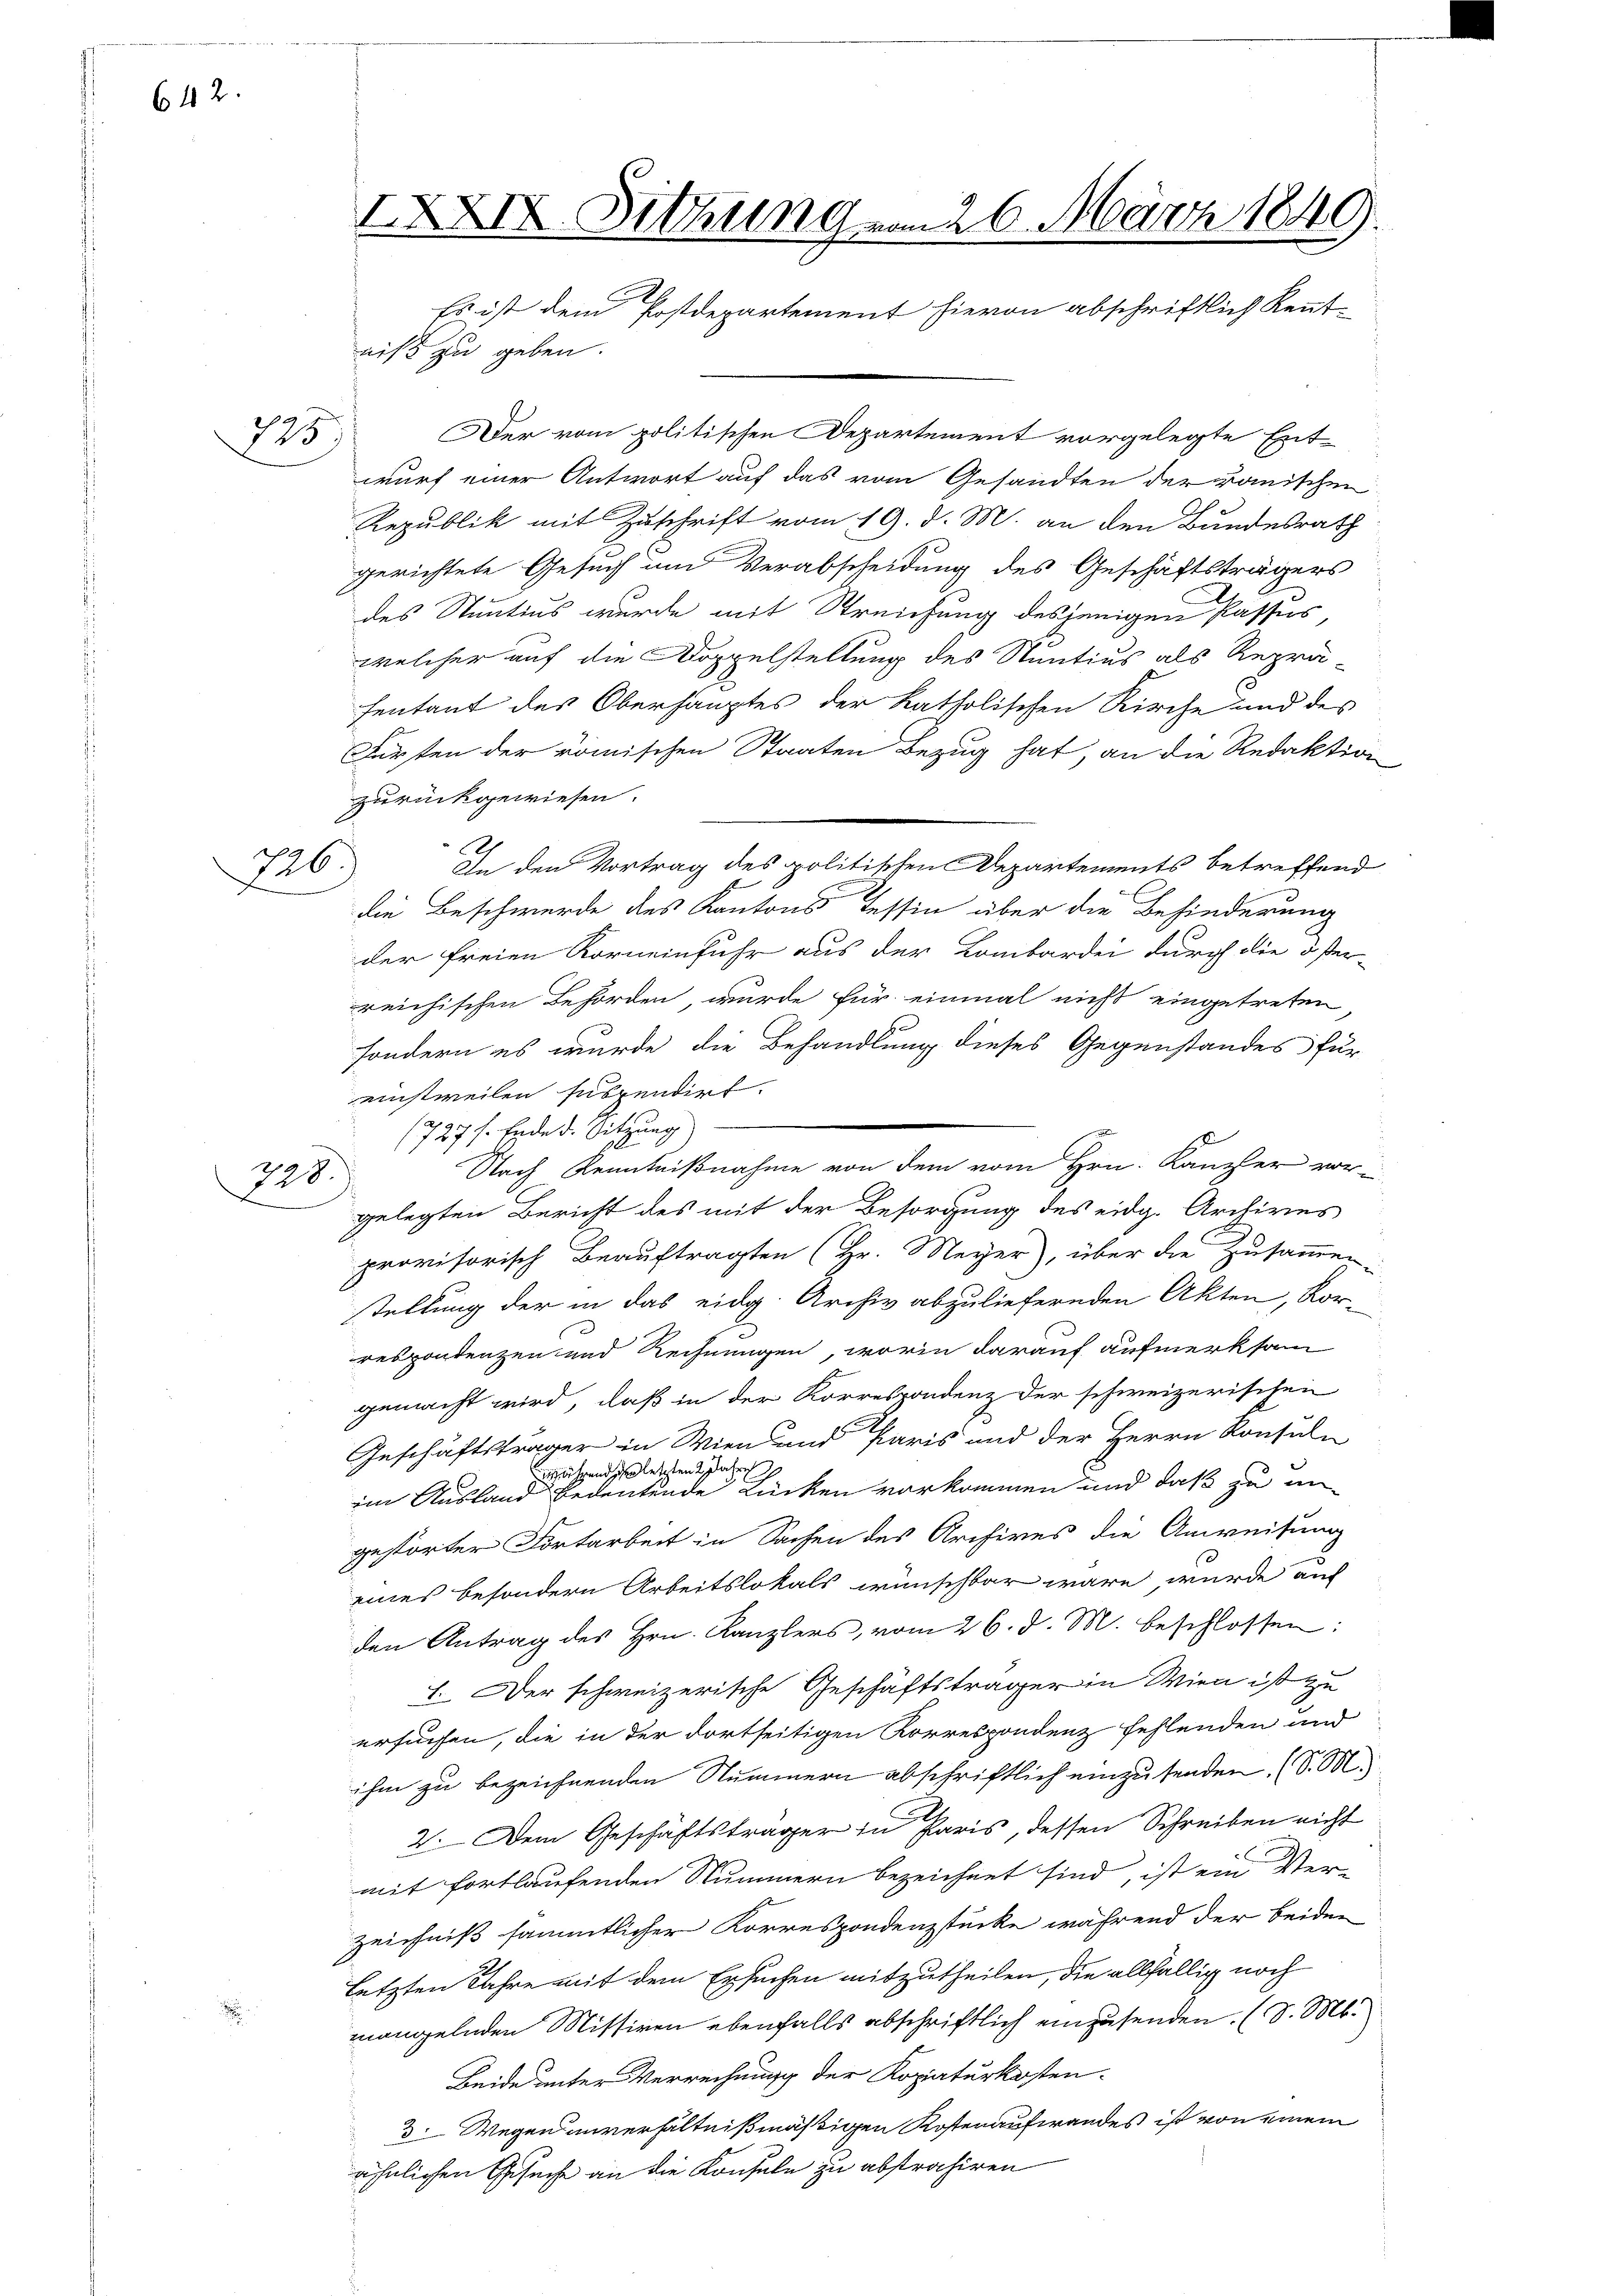
642.

175)

726)

78

IXXIX. Sitzung vom 26. März 1849.
Es ist dem Postdepartement hievon abschriftlich Kennt-
niß zu geben.

Der vom politischen Departement vorgelegte Ent-
wurf einer Antwort auf das vom Gesandten der römischen
Republik mit Zuschrift vom 19. d. M. an den Bundesrath
gerichtete Gesuch um Verabscheidung des Geschäftsträgers
des Stuntius wurde mit Streichung desjenigen Passus,
welcher auf die Doppelstellung des Sentius als Reprä
fentant des Oberhauptes der katholischen Kirche und des
Fürsten der römischen Staaten Bezug hat, an die Redaktion
zurückgewiesen.
In den Vortrag des politischen Departements betreffend
die Beschwerde des Kantons Tessin über die Behinderung
der freien Korneinfuhr aus der Lombardei durch die öfter-
reichischen Behörden wurde für einmal nicht eingetreten
sondern es wurde die Behandlung dieses Gegenstandes für
einstweilen suspendirt.
1727 f. Ende d. Sitzung
Nach Kenntnißnahme von dem vom Hrn. Kanzler vor-
gelegten Bericht des mit der Besorgung des eidg. Archives
provisorisch Beauftragten (Hr. Meyer, über die Zusammen-
stellung der in das eidg. Archiv abzuliefernden Akten, Korrespondenzen und Rechnungen, worin darauf aufmerksam
gemacht wird, daß in der Korrespondenz der schweizerischen
Geschäftsträger in Wien und Paris und der Herrn Konsuln
hrend der letzten 2 Jahre
iin Ausland bedeutende Rücken vorkommen und daß zu ungestörter Fortarbeit in Sachen des Archives die Anweisung
eines besondern Arbeitslokals wünschbar wäre wurde auf
den Antrag des Hrn. Kanzlers, vom 26. d. M. beschlossen:
1. Der schweizerische Geschäftsträger in Wien ist zu
ersuchen, die in der dortseitigen Korrespondenz fehlenden und
ihm zu bezeichnenden Nummern abschriftlich einzusenden (S. M.
2. Dem Geschäftsträger in Paris, dessen Schreiben nicht
mit fortlaufenden Nummern bezeichnet sind, ist ein Ver-
zeichniß sämmtlicher Korrespondenzstücke während der beiden
letzten Jahre mit dem Ersuchen mitzutheilen, die allfällig noch
mangelnden Missiven ebenfalls abschriftlich einzusenden. (S. M.
Beide unter Verrechnung der Kopaturkosten.
3. Wegen unverhältnißmäßigen Kostenaufwandes ist von einem
ähnlichen Gesuche an die Konsule zu abstrahiren